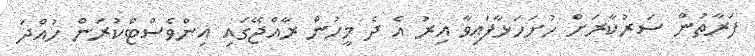
ފަރާތުން ސަރުކާރަށް ހުށަހަޅާފައިވާ އިރު އެ ދެ މީހުން ރާއްޖޭގައި އިންވެސްޓްކުރަން ހުއްދަ